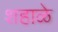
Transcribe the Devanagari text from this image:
शहाळे